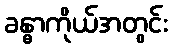
ခန္ဓာကိုယ်အတွင်း